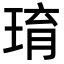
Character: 㻙